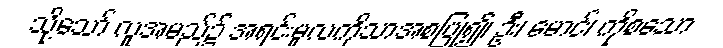
သို့သော် လူအမည်၌ အရင်းမူလကိုသာအစပြု၍၊ ဦး၊ မောင်၊ ကိုစသော